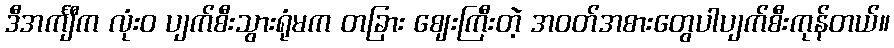
ဒီအင်္ကျီက လုံးဝ ပျက်စီးသွားရုံမက တခြား ဈေးကြီးတဲ့ အဝတ်အစားတွေပါပျက်စီးကုန်တယ်။